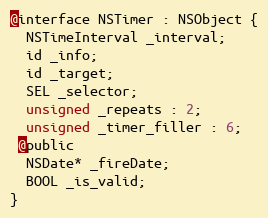
Language: C
@interface NSTimer : NSObject {
  NSTimeInterval _interval;
  id _info;
  id _target;
  SEL _selector;
  unsigned _repeats : 2;
  unsigned _timer_filler : 6;
 @public
  NSDate* _fireDate;
  BOOL _is_valid;
}